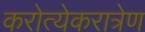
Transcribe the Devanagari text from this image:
करोत्येकरात्रेण